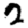
Digit: 2